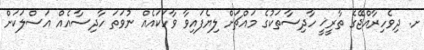
ށ. ދިވެހިރާއްޖޭގެ ތާރީޚީ ހާދިސާތަކުގެ މައްޗަށް ލިޔެފައިވާ ވާހަކައެއް ނުވަތަ ހާދިސާއެއް އަސްލަކަށް